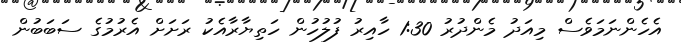
އެހެންނަމަވެސް މިއަދު މެންދުރު 1:30 ހާއިރު ފުލުހުން ހަތިޔާރާއެކު ރަށަށް އެރުމުގެ ސަބަބުން